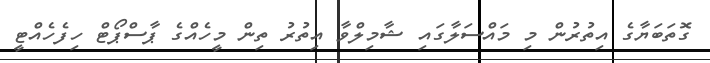
ގޮތަބަޔާގެ އިތުރުން މި މައްސަލާގައި ޝާމިލްވާ އިތުރު ތިން މީހެއްގެ ޕާސްޕޯޓް ހިފެެހެއްޓީ